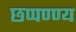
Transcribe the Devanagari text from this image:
छप्पण्ण्य